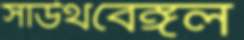
সাউথবেঙ্গল